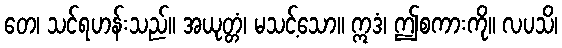
တေ၊ သင်ရဟန်းသည်။ အယုတ္တံ၊ မသင့်သော။ ဣဒံ၊ ဤစကားကို။ လပသိ၊